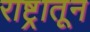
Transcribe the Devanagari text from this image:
राष्ट्रातून